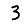
Digit: 3